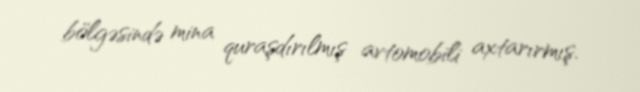
bölgəsində mina quraşdırılmış avtomobili axtarırmış.